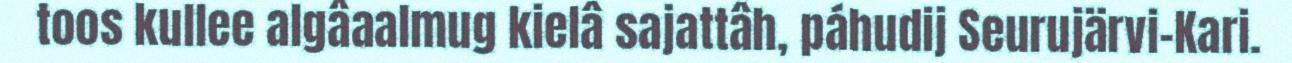
toos kullee algâaalmug kielâ sajattâh, páhudij Seurujärvi-Kari.